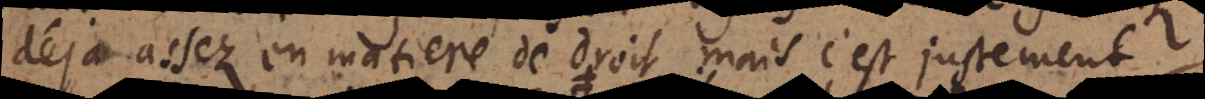
déjà assez en matiere de droit, mais c’est justement